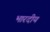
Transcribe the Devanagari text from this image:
भारदीय